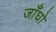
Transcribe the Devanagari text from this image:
जाँघो